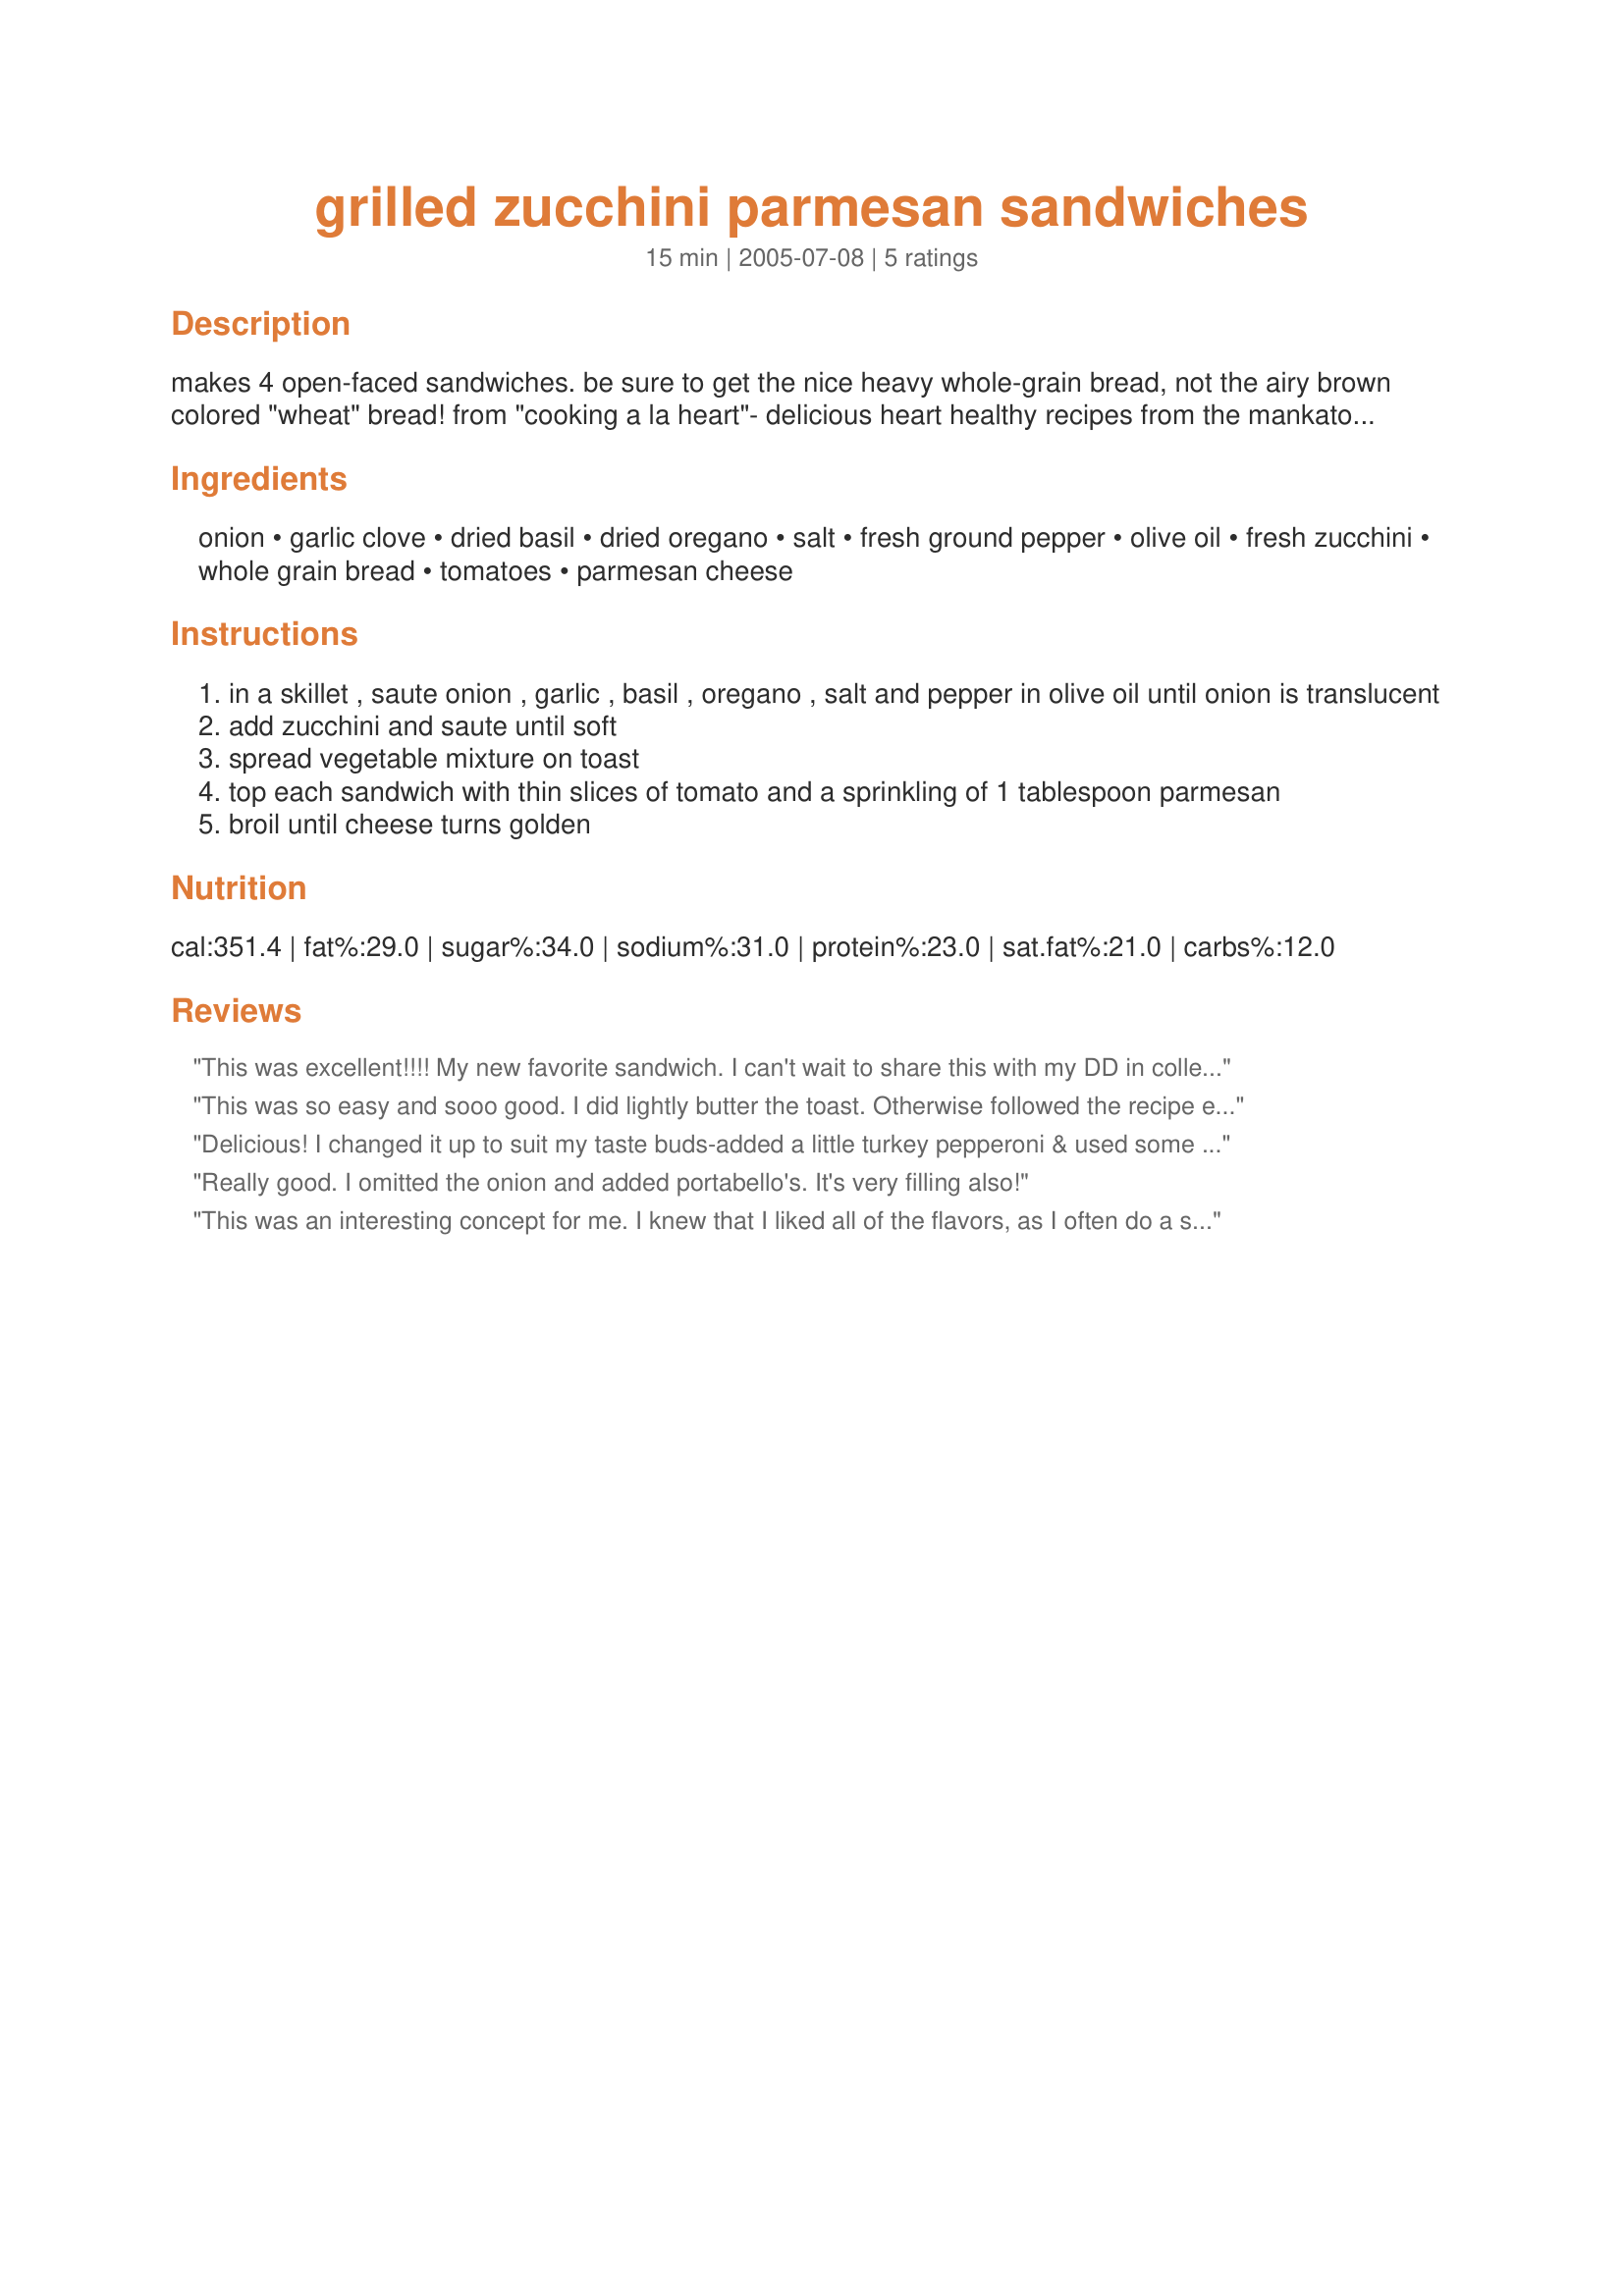
grilled zucchini parmesan sandwiches
Preparation time: 15 minutes

makes 4 open-faced sandwiches. be sure to get the nice heavy whole-grain bread, not the airy brown colored "wheat" bread! from "cooking a la heart"- delicious heart healthy recipes from the mankato heart health program, 1988.

Ingredients:
onion, garlic clove, dried basil, dried oregano, salt, fresh ground pepper, olive oil, fresh zucchini, whole grain bread, tomatoes, parmesan cheese

Steps:
in a skillet , saute onion , garlic , basil , oregano , salt and pepper in olive oil until onion is translucent
add zucchini and saute until soft
spread vegetable mixture on toast
top each sandwich with thin slices of tomato and a sprinkling of 1 tablespoon parmesan
broil until cheese turns golden

Reviews:
This was excellent!!!! My new favorite sandwich. I can't wait to share this with my DD in college I know she'll love it too! I cut this done to make 1 sandwich. I grated the onion, minced the garlic, used a heaping 1/8 t of each the basil and Mexican oregano then cooked it all at once. I used Arnold Select Sandwich Thins Multi Grain, 1 Sandwich thin. This came out from under the broiler so delicious. I could have eaten the whole recipe of these! Made for *Healthy Choices ABC Tag 2009* game
This was so easy and sooo good. I did lightly butter the toast. Otherwise followed the recipe exactly. It was very satisfying for a meatless meal.
Delicious! I changed it up to suit my taste buds-added a little turkey pepperoni & used some reduced fat swiss cheese. I don't like tomato (and I've tried!) so I left it out. I grilled it & then sprinkled the hot sandwich with some garlic powder. Yummy & different; thank you for sharing!
Really good. I omitted the onion and added portabello's. It's very filling also!
This was an interesting concept for me. I knew that I liked all of the flavors, as I often do a sauteed sliced zucchini, onion, garlic and herb mix as a side dish with dinner. However, using it as a topper to toast was a new idea. The dense bread makes it hearty while healthful at the same time and a change of pace for my lunch.
